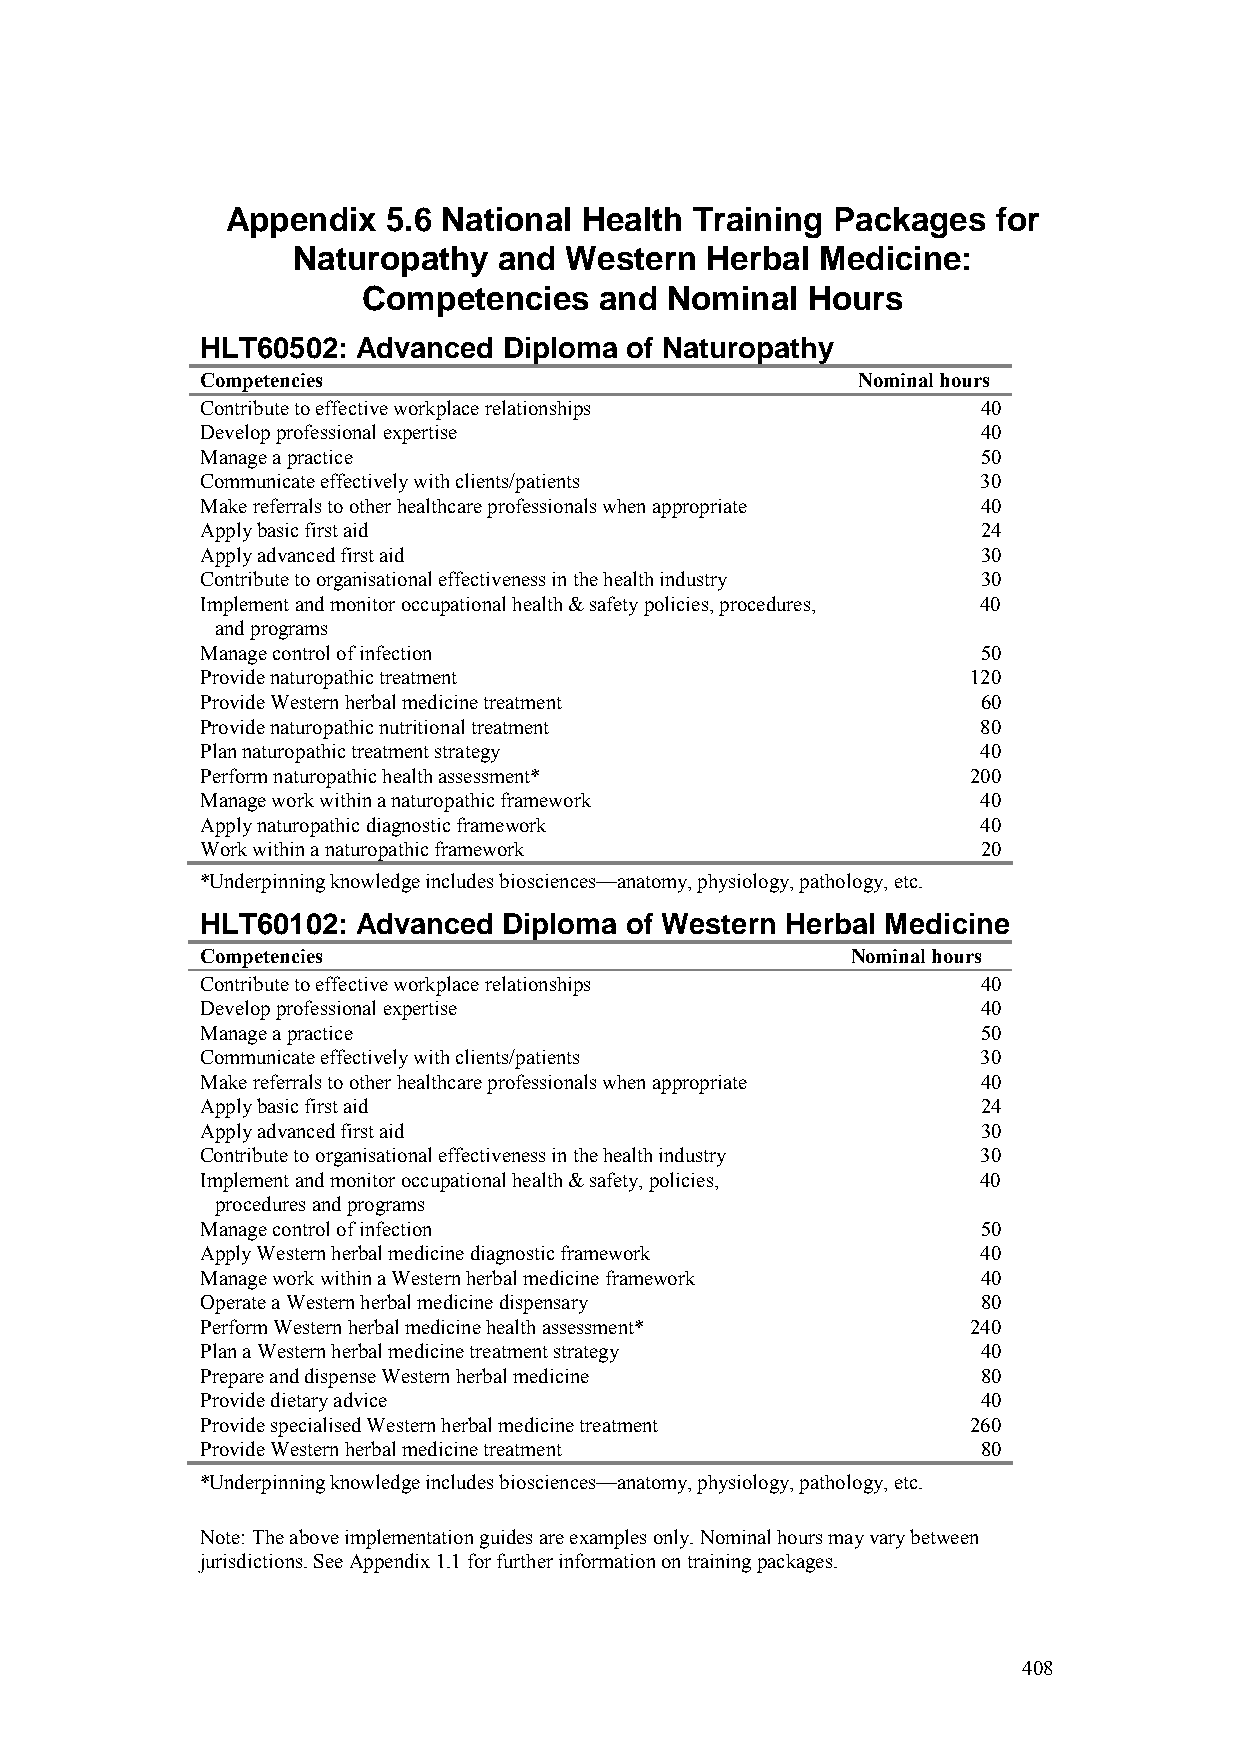
Appendix   5.6 National Health Training Packages   for
 Naturopathy   and Western   Herbal Medicine:
 Competencies    and Nominal  Hours
 HLT60502:  Advanced Diploma of Naturopathy
 Competencies                                Nominal hours
 Contribute to effective workplace relationships     40
 Develop professional expertise                      40
 Manage a practice                                   50
 Communicate effectively with clients/patients       30
 Make referrals to other healthcare professionals when appropriate 40
 Apply basic first aid                               24
 Apply advanced first aid                            30
 Contribute to organisational effectiveness in the health industry 30
 Implement and monitor occupational health & safety policies, procedures, 40
 and programs
 Manage control of infection                         50
 Provide naturopathic treatment                     120
 Provide Western herbal medicine treatment           60
 Provide naturopathic nutritional treatment          80
 Plan naturopathic treatment strategy                40
 Perform naturopathic health assessment*            200
 Manage work within a naturopathic framework         40
 Apply naturopathic diagnostic framework             40
 Work within a naturopathic framework                20
 *Underpinning knowledge includes biosciences—anatomy, physiology, pathology, etc.
 HLT60102:  Advanced Diploma of Western Herbal Medicine
 Competencies                               Nominal hours
 Contribute to effective workplace relationships     40
 Develop professional expertise                      40
 Manage a practice                                   50
 Communicate effectively with clients/patients       30
 Make referrals to other healthcare professionals when appropriate 40
 Apply basic first aid                               24
 Apply advanced first aid                            30
 Contribute to organisational effectiveness in the health industry 30
 Implement and monitor occupational health & safety, policies, 40
 procedures and programs
 Manage control of infection                         50
 Apply Western herbal medicine diagnostic framework  40
 Manage work within a Western herbal medicine framework 40
 Operate a Western herbal medicine dispensary        80
 Perform Western herbal medicine health assessment* 240
 Plan a Western herbal medicine treatment strategy   40
 Prepare and dispense Western herbal medicine        80
 Provide dietary advice                              40
 Provide specialised Western herbal medicine treatment 260
 Provide Western herbal medicine treatment           80
 *Underpinning knowledge includes biosciences—anatomy, physiology, pathology, etc.
 Note: The above implementation guides are examples only. Nominal hours may vary between
 jurisdictions. See Appendix 1.1 for further information on training packages.
 408